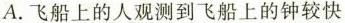
A.飞船上的人观测到飞船上的钟较快